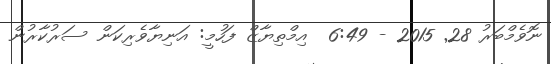
ނޮވެމްބަރު 28